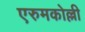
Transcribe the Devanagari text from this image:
एरुमकोल्ली